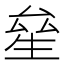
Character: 𤯢